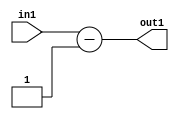
`timescale 1ps / 1ps
/*****************************************************************************
    Verilog RTL Description
    
    
    Created by: Stratus DpOpt 2019.1.01 
*******************************************************************************/

module st_feature_addr_gen_Sub_18S_22_4_1 (
	in1,
	out1
	); /* architecture "behavioural" */ 
input [16:0] in1;
output [17:0] out1;
wire [17:0] asc001;

assign asc001 = 
	+(in1)
	-(18'B000000000000000001);

assign out1 = asc001;
endmodule

/* CADENCE  ubH1Tg4= : u9/ySgnWtBlWxVPRXgAZ4Og= ** DO NOT EDIT THIS LINE ******/